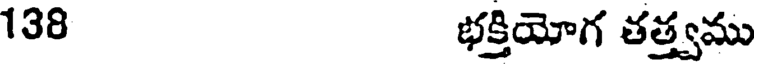
138 భక్తియోగ తత్త్వము